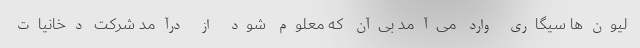
لیون‌ها سیگاری وارد می‌آمد بی‌آن که معلوم شود از درآمد شرکت دخانیات